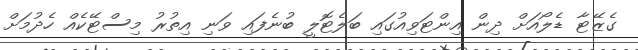
ގެޒޭޓާ ޑެލޯއަށް ދިން އިންޓަވިއުގައި ބަލެޓޮލީ ބުނެފައި ވަނި އިތުރު މިސްޓޭކެއް ހެދުމަށް